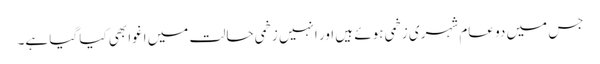
جس میں دو عام شہری زخمی ہوئے ہیں اور انہیں زخمی حالت میں اغوا بھی کیا گیا ہے۔